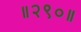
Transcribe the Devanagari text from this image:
॥२९०॥